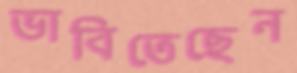
ভাবিতেছেন